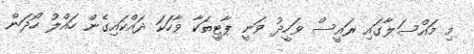
މި މައްސަލާގައި ރައީސް ވަހީދު ވަނީ ޕާޓީތަކާ ވާހަކަ ދައްކައިގެން ހައްލު ހޯދަން